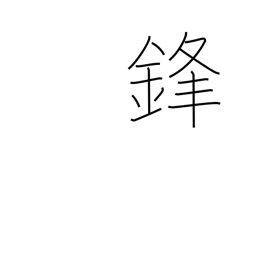
Meaning: sword's point